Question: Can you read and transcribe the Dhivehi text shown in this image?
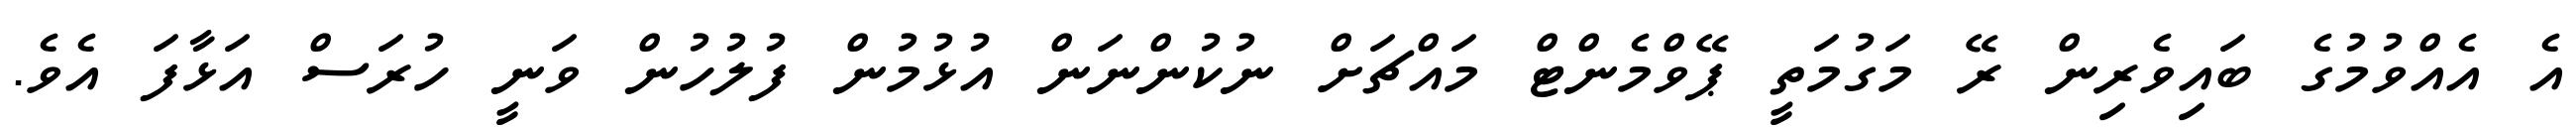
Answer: އެ އެއްވުމުގެ ބައިވެރިން ރޭ މަގުމަތީ ޕޭވްމެންޓް މައްޗަށް ނުކުންނަން އުޅުމުން ފުލުހުން ވަނީ ހުރަސް އަޅާފަ އެވެ.